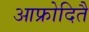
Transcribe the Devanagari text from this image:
आफ्रोदितै